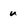
Character: u